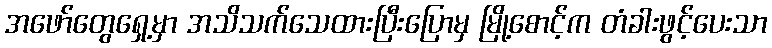
အဖော်တွေရှေ့မှာ အသိသက်သေထားပြီးပြောမှ မြို့စောင့်က တံခါးဖွင့်ပေးသာ